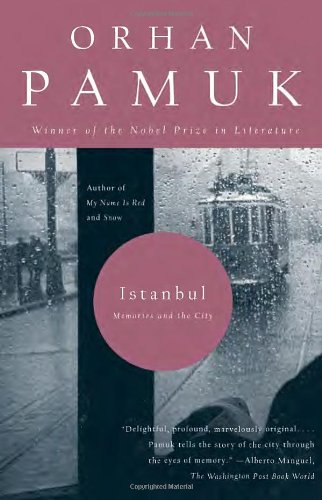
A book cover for Istanbul: Memories and the City; Orhan Pamuk; Literature & Fiction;